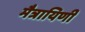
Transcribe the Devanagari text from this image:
मैत्रायिणी